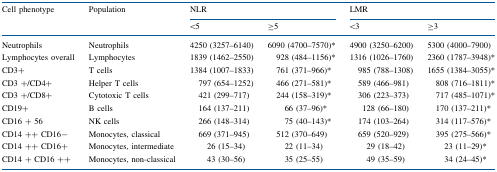
<table><thead><tr><td rowspan="2"><b>Cell phenotype</b></td><td rowspan="2"><b>Population</b></td><td colspan="2"><b>NLR</b></td><td colspan="2"><b>LMR</b></td></tr><tr><td><b>&lt;5</b></td><td><b>≥5</b></td><td><b>&lt;3</b></td><td><b>≥3</b></td></tr></thead><tbody><tr><td>Neutrophils</td><td>Neutrophils</td><td>4250 (3257–6140)</td><td>6090 (4700–7570)*</td><td>4900 (3250–6200)</td><td>5300 (4000–7900)</td></tr><tr><td>Lymphocytes overall</td><td>Lymphocytes</td><td>1839 (1462–2550)</td><td>928 (484–1156)*</td><td>1316 (1026–1760)</td><td>2360 (1787–3948)*</td></tr><tr><td>CD3+</td><td>T cells</td><td>1384 (1007–1833)</td><td>761 (371–966)*</td><td>985 (788–1308)</td><td>1655 (1384–3055)*</td></tr><tr><td>CD3 +/CD4+</td><td>Helper T cells</td><td>797 (654–1252)</td><td>466 (271–581)*</td><td>589 (466–981)</td><td>808 (716–1811)*</td></tr><tr><td>CD3 +/CD8+</td><td>Cytotoxic T cells</td><td>421 (299–717)</td><td>244 (158–319)*</td><td>306 (223–373)</td><td>717 (485–1071)*</td></tr><tr><td>CD19+</td><td>B cells</td><td>164 (137–211)</td><td>66 (37–96)*</td><td>128 (66–180)</td><td>170 (137–211)*</td></tr><tr><td>CD16 + 56</td><td>NK cells</td><td>266 (148–314)</td><td>75 (40–143)*</td><td>174 (103–264)</td><td>314 (117–576)*</td></tr><tr><td>CD14 ++ CD16−</td><td>Monocytes, classical</td><td>669 (371–945)</td><td>512 (370–649)</td><td>659 (520–929)</td><td>395 (275–566)*</td></tr><tr><td>CD14 ++ CD16+</td><td>Monocytes, intermediate</td><td>26 (15–34)</td><td>22 (11–34)</td><td>29 (18–42)</td><td>23 (11–29)*</td></tr><tr><td>CD14 + CD16 ++</td><td>Monocytes, non-classical</td><td>43 (30–56)</td><td>35 (25–55)</td><td>49 (35–59)</td><td>34 (24–45)*</td></tr></tbody></table>